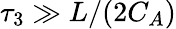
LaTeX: \tau_{3}\gg L/(2C_{A})